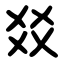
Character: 㸚